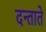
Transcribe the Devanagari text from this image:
दन्ताते